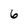
Character: 6